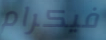
فيكرام